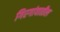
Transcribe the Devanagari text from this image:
गिरगांवातील